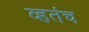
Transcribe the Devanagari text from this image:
व्हतंच